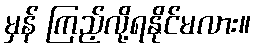
မှန် ကြည့်လို့ရနိုင်မလား။